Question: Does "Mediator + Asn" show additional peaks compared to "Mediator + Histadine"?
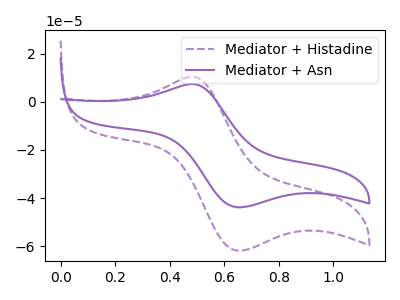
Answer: <think>The purple dashed curve "Mediator + Histadine" has an anodic peak at (0.50V, 10.40uA) and a cathodic peak at (0.65V, -61.75uA). The purple curve "Mediator + Asn" has an anodic peak at (0.50V, 7.35uA) and a cathodic peak at (0.65V, -43.75uA).
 All the peaks in "Mediator + Asn" have a peak in "Mediator + Histadine" at the same potential. Every peak in "Mediator + Asn" is lower than every peak in "Mediator + Histadine".</think>
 <answer>No, "Mediator + Asn" and "Mediator + Histadine" don't appear to be significantly different in shape</answer>
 <eval>no_change</eval>